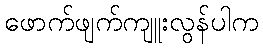
ဖောက်ဖျက်ကျူးလွန်ပါက